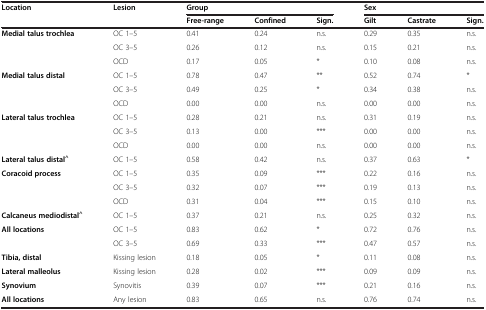
<table><thead><tr><td><b>Location</b></td><td><b>Lesion</b></td><td colspan="3"><b>Group</b></td><td colspan="3"><b>Sex</b></td></tr><tr><td></td><td></td><td><b>Free-range</b></td><td><b>Confined</b></td><td><b>Sign.</b></td><td><b>Gilt</b></td><td><b>Castrate</b></td><td><b>Sign.</b></td></tr></thead><tbody><tr><td rowspan="3"><b>Medial talus trochlea</b></td><td>OC 1–5</td><td>0.41</td><td>0.24</td><td>n.s.</td><td>0.29</td><td>0.35</td><td>n.s.</td></tr><tr><td>OC 3–5</td><td>0.26</td><td>0.12</td><td>n.s.</td><td>0.15</td><td>0.21</td><td>n.s.</td></tr><tr><td>OCD</td><td>0.17</td><td>0.05</td><td>*</td><td>0.10</td><td>0.08</td><td>n.s.</td></tr><tr><td rowspan="3"><b>Medial talus distal</b></td><td>OC 1–5</td><td>0.78</td><td>0.47</td><td>**</td><td>0.52</td><td>0.74</td><td>*</td></tr><tr><td>OC 3–5</td><td>0.49</td><td>0.25</td><td>*</td><td>0.34</td><td>0.38</td><td>n.s.</td></tr><tr><td>OCD</td><td>0.00</td><td>0.00</td><td>n.s.</td><td>0.00</td><td>0.00</td><td>n.s.</td></tr><tr><td rowspan="3"><b>Lateral talus trochlea</b></td><td>OC 1–5</td><td>0.28</td><td>0.21</td><td>n.s.</td><td>0.31</td><td>0.19</td><td>n.s.</td></tr><tr><td>OC 3–5</td><td>0.13</td><td>0.00</td><td>***</td><td>0.00</td><td>0.00</td><td>n.s.</td></tr><tr><td>OCD</td><td>0.00</td><td>0.00</td><td>n.s.</td><td>0.00</td><td>0.00</td><td>n.s.</td></tr><tr><td><b>Lateral talus distal</b><sup>^</sup></td><td>OC 1–5</td><td>0.58</td><td>0.42</td><td>n.s.</td><td>0.37</td><td>0.63</td><td>*</td></tr><tr><td rowspan="3"><b>Coracoid process</b></td><td>OC 1–5</td><td>0.35</td><td>0.09</td><td>***</td><td>0.22</td><td>0.16</td><td>n.s.</td></tr><tr><td>OC 3–5</td><td>0.32</td><td>0.07</td><td>***</td><td>0.19</td><td>0.13</td><td>n.s.</td></tr><tr><td>OCD</td><td>0.31</td><td>0.04</td><td>***</td><td>0.15</td><td>0.10</td><td>n.s.</td></tr><tr><td><b>Calcaneus mediodistal</b><sup><b>^</b></sup></td><td>OC 1–5</td><td>0.37</td><td>0.21</td><td>n.s.</td><td>0.25</td><td>0.32</td><td>n.s.</td></tr><tr><td rowspan="2"><b>All locations</b></td><td>OC 1–5</td><td>0.83</td><td>0.62</td><td>*</td><td>0.72</td><td>0.76</td><td>n.s.</td></tr><tr><td>OC 3–5</td><td>0.69</td><td>0.33</td><td>***</td><td>0.47</td><td>0.57</td><td>n.s.</td></tr><tr><td><b>Tibia, distal</b></td><td>Kissing lesion</td><td>0.18</td><td>0.05</td><td>*</td><td>0.11</td><td>0.08</td><td>n.s.</td></tr><tr><td><b>Lateral malleolus</b></td><td>Kissing lesion</td><td>0.28</td><td>0.02</td><td>***</td><td>0.09</td><td>0.09</td><td>n.s.</td></tr><tr><td><b>Synovium</b></td><td>Synovitis</td><td>0.39</td><td>0.07</td><td>***</td><td>0.21</td><td>0.16</td><td>n.s.</td></tr><tr><td><b>All locations</b></td><td>Any lesion</td><td>0.83</td><td>0.65</td><td>n.s.</td><td>0.76</td><td>0.74</td><td>n.s.</td></tr></tbody></table>